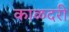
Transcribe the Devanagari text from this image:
काळदरी